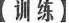
【训练】